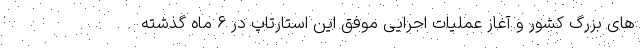
های بزرگ کشور و آغاز عملیات اجرایی موفق این استارتاپ در ۶ ماه گذشته